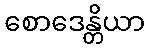
စောဒေန္တိယာ